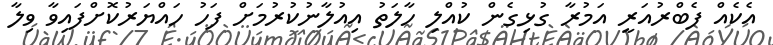
އެކެއް ފެބްރުއަރީ އަމުރާ ގުޅިގެން ކުއްލި ހާލަތު އިއުލާނުކުރުމަށް ފަހު ހައްޔަރުކޮށްފައިވާ ވިލާ